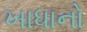
ખાધાનો